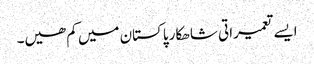
ایسے تعمیراتی شاھکار پاکستان میں کم ھیں۔